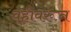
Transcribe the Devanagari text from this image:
वहीवरून